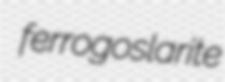
ferrogoslarite